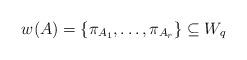
LaTeX: \begin{align*}w(A)=\{\pi_{A_1}, \ldots, \pi_{A_r}\} \subseteq W_q\end{align*}